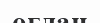
оглан